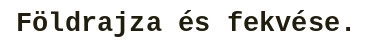
Földrajza és fekvése.